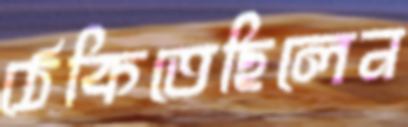
ঠেকিতেছিলেন